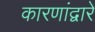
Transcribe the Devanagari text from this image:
कारणांद्वारे